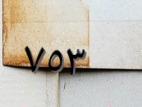
٧٥٣